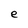
Character: e